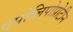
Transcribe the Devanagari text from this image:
एपोलिपोप्रोटीन